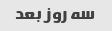
سه روز بعد